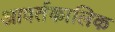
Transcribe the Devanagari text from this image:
आवर्तकालिक